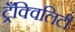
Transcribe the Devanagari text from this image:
ट्रँक्विलिटी